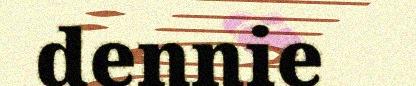
dennie